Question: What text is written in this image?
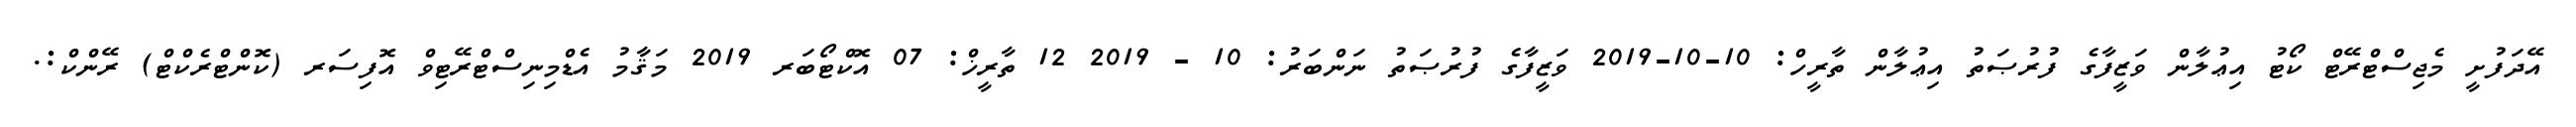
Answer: އޭދަފުށީ މެޖިސްޓްރޭޓް ކޯޓު އިޢުލާން ވަޒީފާގެ ފުރުޞަތު އިޢުލާން ތާރީހް: 10-10-2019 ވަޒީފާގެ ފުރުޞަތު ނަންބަރު: 10 - 2019 12 ތާރީޚް: 07 އޮކްޓޯބަރ 2019 މަޤާމު އެޑްމިނިސްޓްރޭޓިވް އޮފިސަރ (ކޮންޓްރެކްޓް) ރޭންކް:.